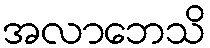
အလာဘေသိ